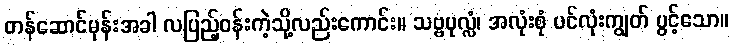
တန်ဆောင်မုန်းအခါ လပြည့်ဝန်းကဲ့သို့လည်းကောင်း။ သဗ္ဗပုလ္လံ၊ အလုံးစုံ ပင်လုံးကျွတ် ပွင့်သော။